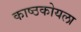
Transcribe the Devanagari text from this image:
काष्ठकोयला